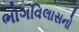
ભોગવિલાસનો